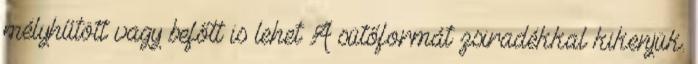
mélyhűtött vagy befőtt is lehet A sütőformát zsiradékkal kikenjük.